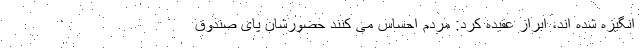
انگیزه شده اند، ابراز عقیده کرد: مردم احساس می کنند حضورشان پای صندوق